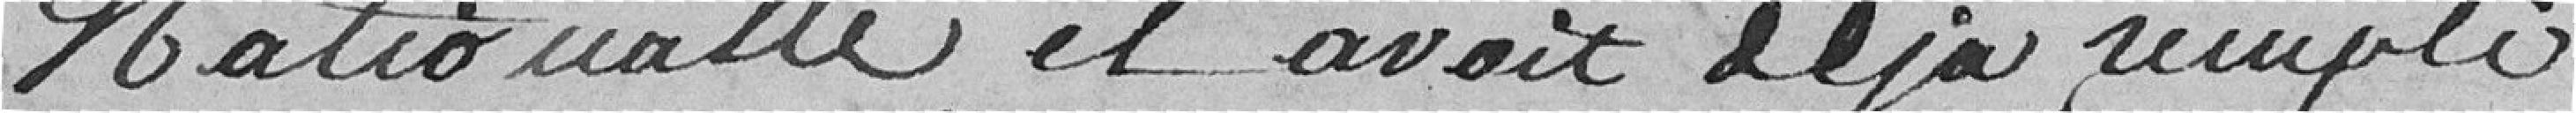
Nationale il avait déjà rempli